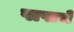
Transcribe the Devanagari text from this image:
पापाचे